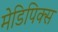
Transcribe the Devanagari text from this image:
मेडिपिक्स